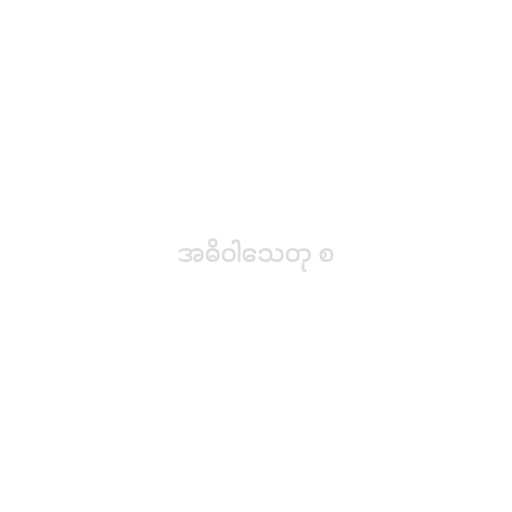
အဓိဝါသေတု စ